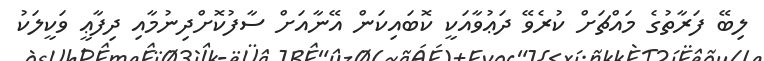
ލިބޭ ފަރާތުގެ މައްޗަށް ކުރެވޭ ދަޢުވާއަކީ ކޮބައިކަން އޭނާއަށް ސާފުކޮށްދިނުމާއި ދިފާޢީ ވަކީލަކު